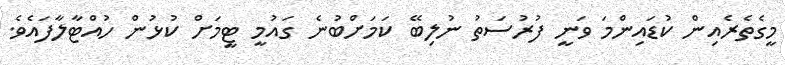
މީގެތެރެއިން ކުޑައިންމަ ވަނީ ފުރުސަތު ނުލިބޭ ކަމަށްބުނެ ގައުމީ ޓީމަށް ކުޅުން ހުއްޓާލާފައެވެ.